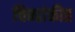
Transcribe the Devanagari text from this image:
चिन्हांकीत